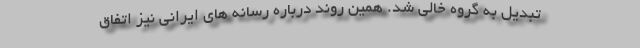
تبدیل به گروه خالی شد. همین روند درباره رسانه های ایرانی نیز اتفاق